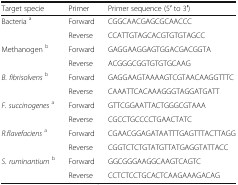
<table><thead><tr><td><b>Target specie</b></td><td><b>Primer</b></td><td><b>Primer sequence (5′ to 3′)</b></td></tr></thead><tbody><tr><td rowspan="2">Bacteria <sup>a</sup></td><td>Forward</td><td>CGGCAACGAGCGCAACCC</td></tr><tr><td>Reverse</td><td>CCATTGTAGCACGTGTGTAGCC</td></tr><tr><td rowspan="2">Methanogen <sup>b</sup></td><td>Forward</td><td>GAGGAAGGAGTGGACGACGGTA</td></tr><tr><td>Reverse</td><td>ACGGGCGGTGTGTGCAAG</td></tr><tr><td rowspan="2"><i>B. fibrisolvens</i><sup>b</sup></td><td>Forward</td><td>GAGGAAGTAAAAGTCGTAACAAGGTTTC</td></tr><tr><td>Reverse</td><td>CAAATTCACAAAGGGTAGGATGATT</td></tr><tr><td rowspan="2"><i>F. succinogenes</i><sup>a</sup></td><td>Forward</td><td>GTTCGGAATTACTGGGCGTAAA</td></tr><tr><td>Reverse</td><td>CGCCTGCCCCTGAACTATC</td></tr><tr><td rowspan="2"><i>R.flavefaciens</i><sup>a</sup></td><td>Forward</td><td>CGAACGGAGATAATTTGAGTTTACTTAGG</td></tr><tr><td>Reverse</td><td>CGGTCTCTGTATGTTATGAGGTATTACC</td></tr><tr><td rowspan="2"><i>S. ruminantium</i><sup>b</sup></td><td>Forward</td><td>GGCGGGAAGGCAAGTCAGTC</td></tr><tr><td>Reverse</td><td>CCTCTCCTGCACTCAAGAAAGACAG</td></tr></tbody></table>